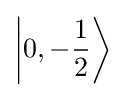
\left|0,-{\frac {1}{2}}\right\rangle